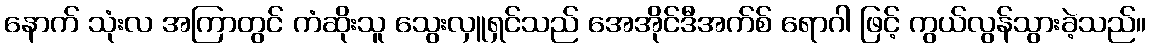
နောက် သုံးလ အကြာတွင် ကံဆိုးသူ သွေးလှူရှင်သည် အေအိုင်ဒီအက်စ် ရောဂါ ဖြင့် ကွယ်လွန်သွားခဲ့သည်။